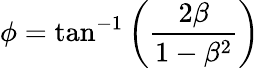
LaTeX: \phi=\tan^{-1}\left(\frac{2\beta}{1-\beta^{2}}\right)